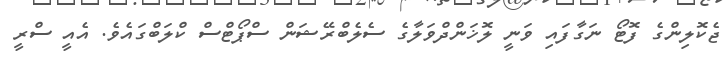
ޖެކޮލިންގެ ފޮޓޯ ނަގާފައި ވަނީ ލޮޚަންދްވަލާގެ ސެލެބްރޭޝަން ސްޕޯޓްސް ކްލަބްގައެވެ. އެއީ ސްރީ